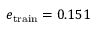
e _ { \mathrm { t r a i n } } = 0 . 1 5 1